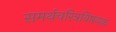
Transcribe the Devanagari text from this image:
समर्थचरित्रविषयक